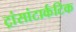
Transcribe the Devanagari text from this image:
ट्रांसांटार्कटिक